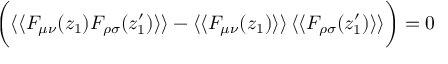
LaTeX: \bigg ( \langle \langle F _ { \mu \nu } ( z _ { 1 } ) F _ { \rho \sigma } ( z _ { 1 } ^ { \prime } ) \rangle \rangle - \langle \langle F _ { \mu \nu } ( z _ { 1 } ) \rangle \rangle \, \langle \langle F _ { \rho \sigma } ( z _ { 1 } ^ { \prime } ) \rangle \rangle \bigg ) = 0